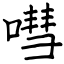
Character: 嘒